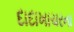
દાદાખાચરના